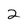
Character: 2